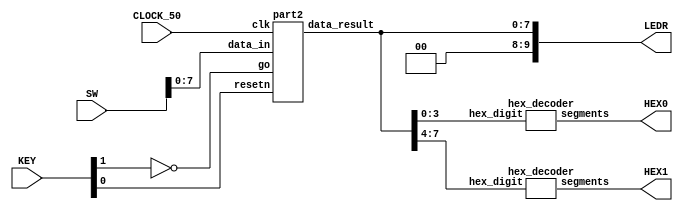
//Calculates the value of the polynomial (Ax^2 + Bx + C)

//To calculate:
// 1. input A
// 2. input B
// 3. input C
// 4. input X

//inputs
//SW[7:0]:		data_in
//KEY[0]:		synchronous reset when pressed (active low)
//KEY[1]:		go signal

//outputs
//LEDR[9:0]:	display result in binary
//HEX0,HEX1: 	display result in hexadecimal

module poly_function(SW, KEY, CLOCK_50, LEDR, HEX0, HEX1);
    input [9:0] SW;
    input [3:0] KEY;
    input CLOCK_50;
    output [9:0] LEDR;
    output [6:0] HEX0, HEX1;

    wire resetn;
    wire go;

    wire [7:0] data_result;
    assign go = ~KEY[1];
    assign resetn = KEY[0];

    part2 u0(
        .clk(CLOCK_50),
        .resetn(resetn),
        .go(go),
        .data_in(SW[7:0]),
        .data_result(data_result)
    );
      
    assign LEDR[9:0] = {2'b00, data_result};

    hex_decoder H0(
        .hex_digit(data_result[3:0]), 
        .segments(HEX0)
        );
        
    hex_decoder H1(
        .hex_digit(data_result[7:4]), 
        .segments(HEX1)
        );

endmodule

module part2(
    input clk,
    input resetn,
    input go,
    input [7:0] data_in,
    output [7:0] data_result
    );

    // lots of wires to connect our datapath and control
    wire ld_a, ld_b, ld_c, ld_x, ld_r;
    wire ld_alu_out;
    wire [1:0]  alu_select_a, alu_select_b;
    wire alu_op;

    control C0(
        .clk(clk),
        .resetn(resetn),
        
        .go(go),
        
        .ld_alu_out(ld_alu_out), 
        .ld_x(ld_x),
        .ld_a(ld_a),
        .ld_b(ld_b),
        .ld_c(ld_c), 
        .ld_r(ld_r), 
        
        .alu_select_a(alu_select_a),
        .alu_select_b(alu_select_b),
        .alu_op(alu_op)
    );

    datapath D0(
        .clk(clk),
        .resetn(resetn),

        .ld_alu_out(ld_alu_out), 
        .ld_x(ld_x),
        .ld_a(ld_a),
        .ld_b(ld_b),
        .ld_c(ld_c), 
        .ld_r(ld_r), 

        .alu_select_a(alu_select_a),
        .alu_select_b(alu_select_b),
        .alu_op(alu_op),

        .data_in(data_in),
        .data_result(data_result)
    );
                
 endmodule        
                

module control(
    input clk,
    input resetn,
    input go,

    output reg  ld_a, ld_b, ld_c, ld_x, ld_r,
    output reg  ld_alu_out,
    output reg [1:0]  alu_select_a, alu_select_b,
    output reg alu_op
    );

    reg [3:0] current_state, next_state; 
    
    localparam  S_LOAD_A        = 4'd0,
                S_LOAD_A_WAIT   = 4'd1,
                S_LOAD_B        = 4'd2,
                S_LOAD_B_WAIT   = 4'd3,
                S_LOAD_C        = 4'd4,
                S_LOAD_C_WAIT   = 4'd5,
                S_LOAD_X        = 4'd6,
                S_LOAD_X_WAIT   = 4'd7,
                S_CYCLE_0       = 4'd8,
                S_CYCLE_1       = 4'd9,
                S_CYCLE_2       = 4'd10,
				S_CYCLE_3       = 4'd11;
    
    // Next state logic aka our state table
    always@(*)
    begin: state_table 
            case (current_state)
                S_LOAD_A: next_state = go ? S_LOAD_A_WAIT : S_LOAD_A; // Loop in current state until value is input
                S_LOAD_A_WAIT: next_state = go ? S_LOAD_A_WAIT : S_LOAD_B; // Loop in current state until go signal goes low
                S_LOAD_B: next_state = go ? S_LOAD_B_WAIT : S_LOAD_B; // Loop in current state until value is input
                S_LOAD_B_WAIT: next_state = go ? S_LOAD_B_WAIT : S_LOAD_C; // Loop in current state until go signal goes low
                S_LOAD_C: next_state = go ? S_LOAD_C_WAIT : S_LOAD_C; // Loop in current state until value is input
                S_LOAD_C_WAIT: next_state = go ? S_LOAD_C_WAIT : S_LOAD_X; // Loop in current state until go signal goes low
                S_LOAD_X: next_state = go ? S_LOAD_X_WAIT : S_LOAD_X; // Loop in current state until value is input
                S_LOAD_X_WAIT: next_state = go ? S_LOAD_X_WAIT : S_CYCLE_0; // Loop in current state until go signal goes low
                S_CYCLE_0: next_state = S_CYCLE_1;
                S_CYCLE_1: next_state = S_CYCLE_2;
				S_CYCLE_2: next_state = S_CYCLE_3;
				S_CYCLE_3: next_state = S_LOAD_A; // we will be done our two operations, start over after
            default: next_state = S_LOAD_A;
        endcase
    end // state_table
   

    // Output logic aka all of our datapath control signals
    always @(*)
    begin: enable_signals
        // By default make all our signals 0
        ld_alu_out = 1'b0;
        ld_a = 1'b0;
        ld_b = 1'b0;
        ld_c = 1'b0;
        ld_x = 1'b0;
        ld_r = 1'b0;
        alu_select_a = 2'b00;
        alu_select_b = 2'b00;
        alu_op       = 1'b0;

        case (current_state)
            S_LOAD_A: begin
                ld_a = 1'b1;
                end
            S_LOAD_B: begin
                ld_b = 1'b1;
                end
            S_LOAD_C: begin
                ld_c = 1'b1;
                end
            S_LOAD_X: begin
                ld_x = 1'b1;
                end
            S_CYCLE_0: begin // Do A <- A * x 
                ld_alu_out = 1'b1; ld_a = 1'b1; // store result back into A
                alu_select_a = 2'b00; // Select register A
                alu_select_b = 2'b11; // Also select register X
                alu_op = 1'b1; // Do Multiply operation
				end
            S_CYCLE_1: begin // Do A <- A * x + B
                ld_alu_out = 1'b1; ld_a = 1'b1; // store result back into A
                alu_select_a = 2'b00; // Select register A
                alu_select_b = 2'b01; // Select register B
                alu_op = 1'b0; // Do Add operation
				end
				S_CYCLE_2: begin // Do A <- (A * x + B)*x
				ld_alu_out = 1'b1; ld_a = 1'b1; // store result back into A
				alu_select_a = 2'b00; // Select register A
				alu_select_b = 2'b11; // Select register X
				alu_op = 1'b1; // Do Multiply operation
				end
				S_CYCLE_3: begin // Do A <- (A * x + B)*x + C
				ld_r = 1'b1; // store result in result register
				alu_select_a = 2'b00; // Select register A
				alu_select_b = 2'b10; // Select register C
				alu_op = 1'b0; // Do Add operation
				end
        // default:    // don't need default since we already made sure all of our outputs were assigned a value at the start of the always block
        endcase
    end // enable_signals
   
    // current_state registers
    always@(posedge clk)
    begin: state_FFs
        if(!resetn)
            current_state <= S_LOAD_A;
        else
            current_state <= next_state;
    end // state_FFS
endmodule

module datapath(
    input clk,
    input resetn,
    input [7:0] data_in,
    input ld_alu_out, 
    input ld_x, ld_a, ld_b, ld_c,
    input ld_r,
    input alu_op, 
    input [1:0] alu_select_a, alu_select_b,
    output reg [7:0] data_result
    );
    
    // input registers
    reg [7:0] a, b, c, x;

    // output of the alu
    reg [7:0] alu_out;
    // alu input muxes
    reg [7:0] alu_a, alu_b;
    
    // Registers a, b, c, x with respective input logic
    always @ (posedge clk) begin
        if (!resetn) begin
            a <= 8'd0; 
            b <= 8'd0; 
            c <= 8'd0; 
            x <= 8'd0; 
        end
        else begin
            if (ld_a)
                a <= ld_alu_out ? alu_out : data_in; // load alu_out if load_alu_out signal is high, otherwise load from data_in
            if (ld_b)
                b <= ld_alu_out ? alu_out : data_in; // load alu_out if load_alu_out signal is high, otherwise load from data_in
            if (ld_x)
                x <= data_in;

            if (ld_c)
                c <= data_in;
        end
    end
 
    // Output result register
    always @ (posedge clk) begin
        if (!resetn) begin
            data_result <= 8'd0; 
        end
        else 
            if(ld_r)
                data_result <= alu_out;
    end

    // The ALU input multiplexers
    always @(*)
    begin
        case (alu_select_a)
            2'd0:
                alu_a = a;
            2'd1:
                alu_a = b;
            2'd2:
                alu_a = c;
            2'd3:
                alu_a = x;
            default: alu_a = 8'd0;
        endcase

        case (alu_select_b)
            2'd0:
                alu_b = a;
            2'd1:
                alu_b = b;
            2'd2:
                alu_b = c;
            2'd3:
                alu_b = x;
            default: alu_b = 8'd0;
        endcase
    end

    // The ALU 
    always @(*)
    begin : ALU
        // alu
        case (alu_op)
            0: begin
                   alu_out = alu_a + alu_b; //performs addition
               end
            1: begin
                   alu_out = alu_a * alu_b; //performs multiplication
               end
            default: alu_out = 8'd0;
        endcase
    end
    
endmodule


module hex_decoder(hex_digit, segments);
    input [3:0] hex_digit;
    output reg [6:0] segments;
   
    always @(*)
        case (hex_digit)
            4'h0: segments = 7'b100_0000;
            4'h1: segments = 7'b111_1001;
            4'h2: segments = 7'b010_0100;
            4'h3: segments = 7'b011_0000;
            4'h4: segments = 7'b001_1001;
            4'h5: segments = 7'b001_0010;
            4'h6: segments = 7'b000_0010;
            4'h7: segments = 7'b111_1000;
            4'h8: segments = 7'b000_0000;
            4'h9: segments = 7'b001_1000;
            4'hA: segments = 7'b000_1000;
            4'hB: segments = 7'b000_0011;
            4'hC: segments = 7'b100_0110;
            4'hD: segments = 7'b010_0001;
            4'hE: segments = 7'b000_0110;
            4'hF: segments = 7'b000_1110;   
            default: segments = 7'h7f;
        endcase
endmodule